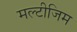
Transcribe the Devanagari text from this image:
मल्टीजिम